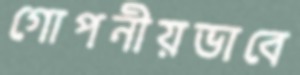
গোপনীয়ভাবে